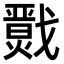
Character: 𢨙